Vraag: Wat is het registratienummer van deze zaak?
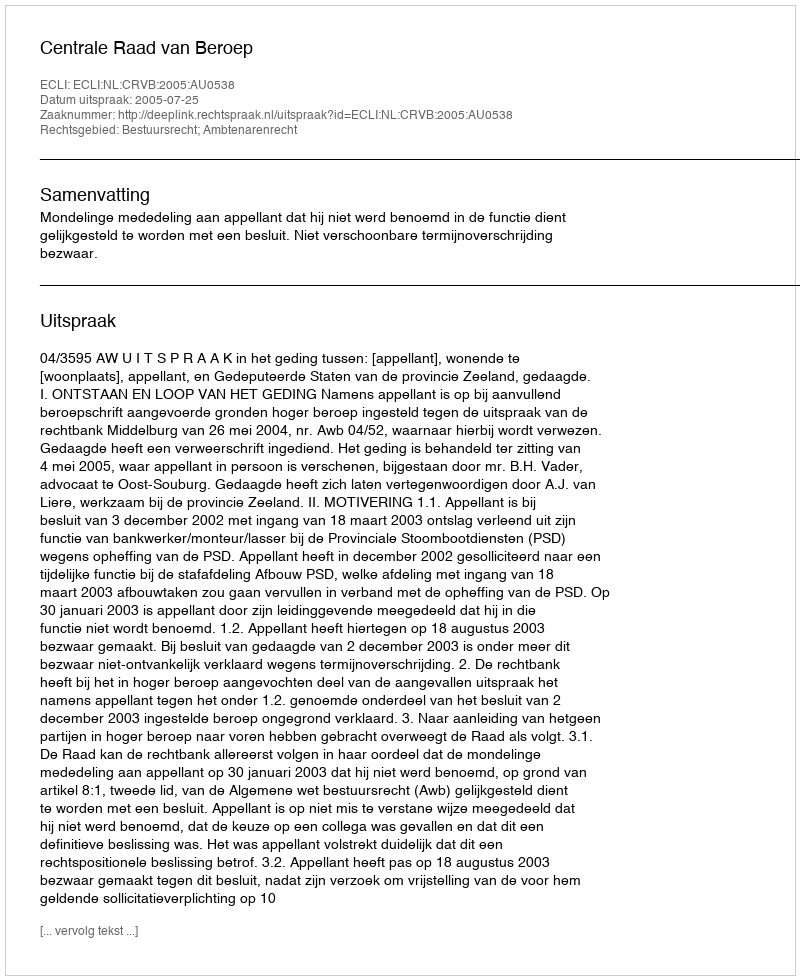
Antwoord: http://deeplink.rechtspraak.nl/uitspraak?id=ECLI:NL:CRVB:2005:AU0538